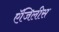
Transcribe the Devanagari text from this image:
ऍजिलीस